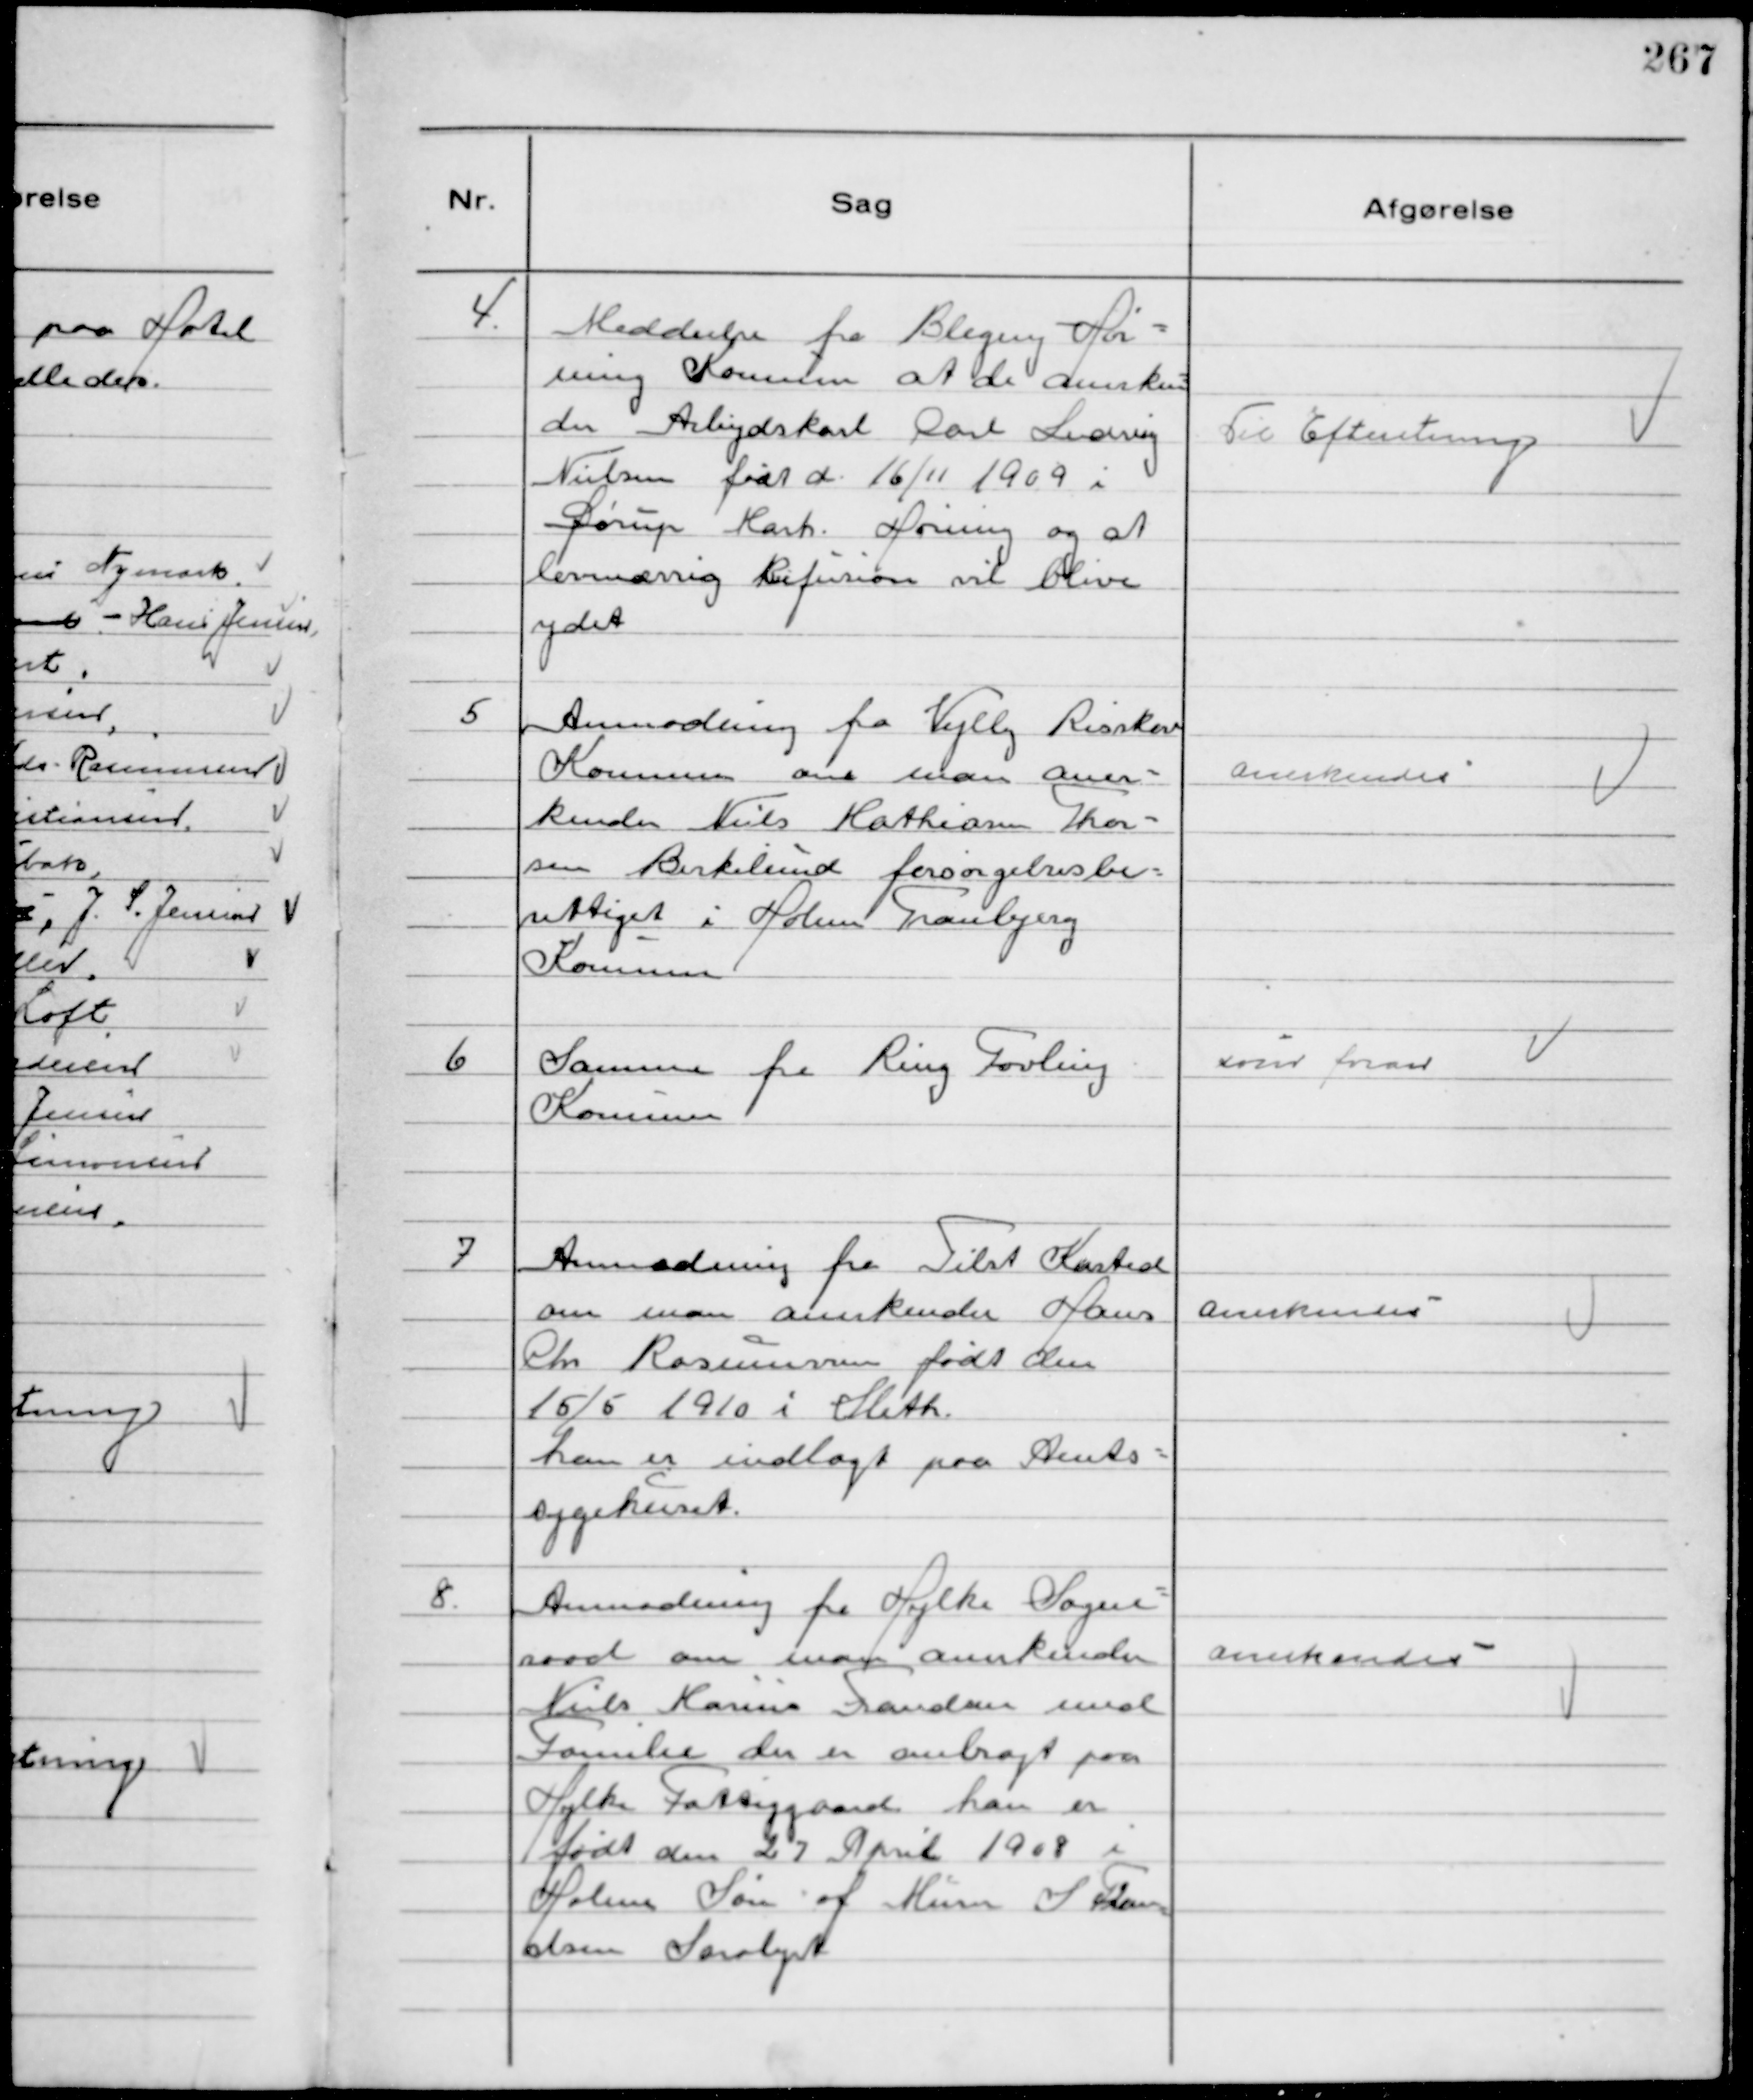
Transskription:
4.
Meddeelse fra Bleging Hør-
ning Kommune at de anerken-
der Arbejdskarl Carl Ludvig
Nielsen født d. 16/11 1909 i
Dørup Mark Hørning og at
lovmæssig Refusion vil blive
ydet

Til Efteretning

5
Anmodning fra Vejlby Risskov
Kommune om man aner-
kender Niels Mathiasen Thor-
sen Birkelund forsørgelsesbe-
rettiget i Holme Tranbjerg
Kommune

Anerkendes

6
Samme fra Ring Føvling
Kommune

som foran

7
Anmodning fra Tilst Kasted
om man anerkender Hans
Chr Rasmussen født den
15/5 1910 i Sleth.
han er indlagt paa Amts-
sygehuset.

Anerkendes

8.
Anmodning fra Hylke Sogne-
raad om man anerkender
Niels Marius Frandsen med
Familie der er anbragt paa
Hylke Fattiggaard han er
født den 27 April 1908 i
Holme Søn af Murer S Fran
dsen Saralyst

anerkendes